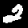
Digit: 2